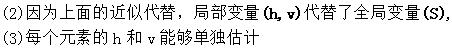
(2)因为上面的近似代替，局部变量$(\mathbf{h},\mathbf{v})$代替了全局变量$(\mathbf{S})$，
(3)每个元素的$\mathbf{h}$和$\mathbf{v}$能够单独估计